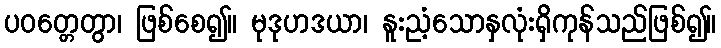
ပဝတ္တေတွာ၊ ဖြစ်စေ၍။ မုဒုဟဒယာ၊ နူးညံ့သောနှလုံးရှိကုန်သည်ဖြစ်၍။